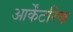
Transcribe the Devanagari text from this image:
आर्केंटरिक